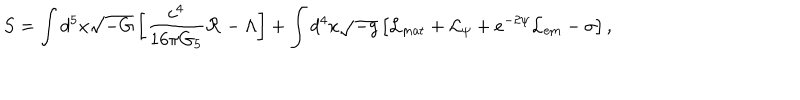
LaTeX: S = \int d ^ { 5 } x \sqrt { - G } \left[ { \frac { c ^ { 4 } } { 1 6 \pi G _ { 5 } } } { \cal R } - \Lambda \right] + \int d ^ { 4 } x \sqrt { - g } \left[ { \cal L } _ { \mathrm { m a t } } + { \cal L } _ { \psi } + e ^ { - 2 \psi } { \cal L } _ { \mathrm { e m } } - \sigma \right] ,